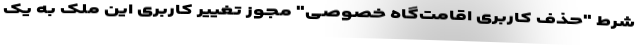
شرط "حذف کاربری اقامت‌گاه خصوصی" مجوز تغییر کاربری این ملک به یک